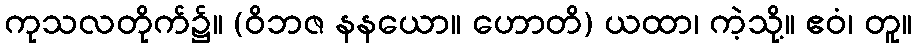
ကုသလတိုက်၌။ (ဝိဘဇ နနယော။ ဟောတိ) ယထာ၊ ကဲ့သို့။ ဧဝံ၊ တူ။